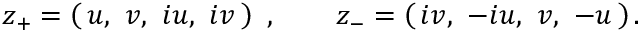
z _ { + } = \left( \, u , \, \, v , \, \, i u , \, \, i v \, \right) \ , \qquad z _ { - } = \left( \, i v , \, \, - i u , \, \, v , \, \, - u \, \right) .